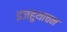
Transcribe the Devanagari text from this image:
इजहुथाचन